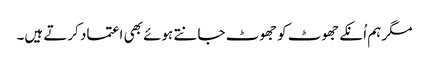
مگر ہم اُنکے جھوٹ کو جھوٹ جانتے ہوئے بھی اعتماد کرتے ہیں۔